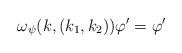
LaTeX: \begin{align*} \omega_{\psi}(k, (k_1, k_2)) \varphi' = \varphi'\end{align*}